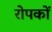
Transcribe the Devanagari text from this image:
रोपकों